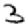
Digit: 3